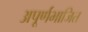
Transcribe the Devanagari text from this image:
अपूर्णभाजित